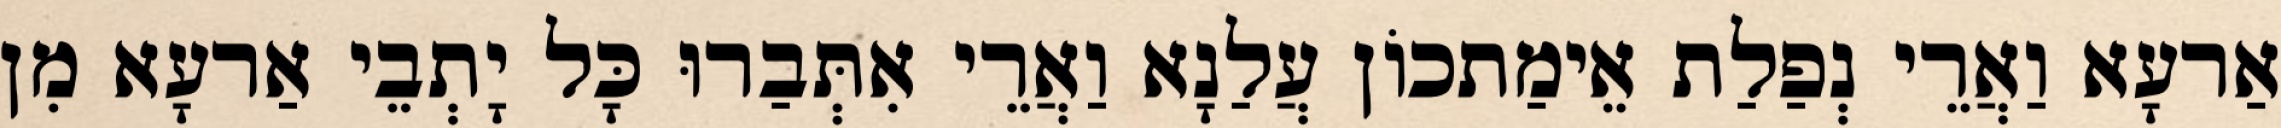
אַרעָא וַאֲרֵי נְפַלַת אֵימַתכוֹן עֲלַנָא וַאֲרֵי אִתְּבַרוּ כָּל יָתְבֵי אַרעָא מִן